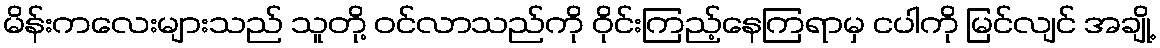
မိန်းကလေးများသည် သူတို့ ဝင်လာသည်ကို ဝိုင်းကြည့်နေကြရာမှ ငပါကို မြင်လျင် အချို့